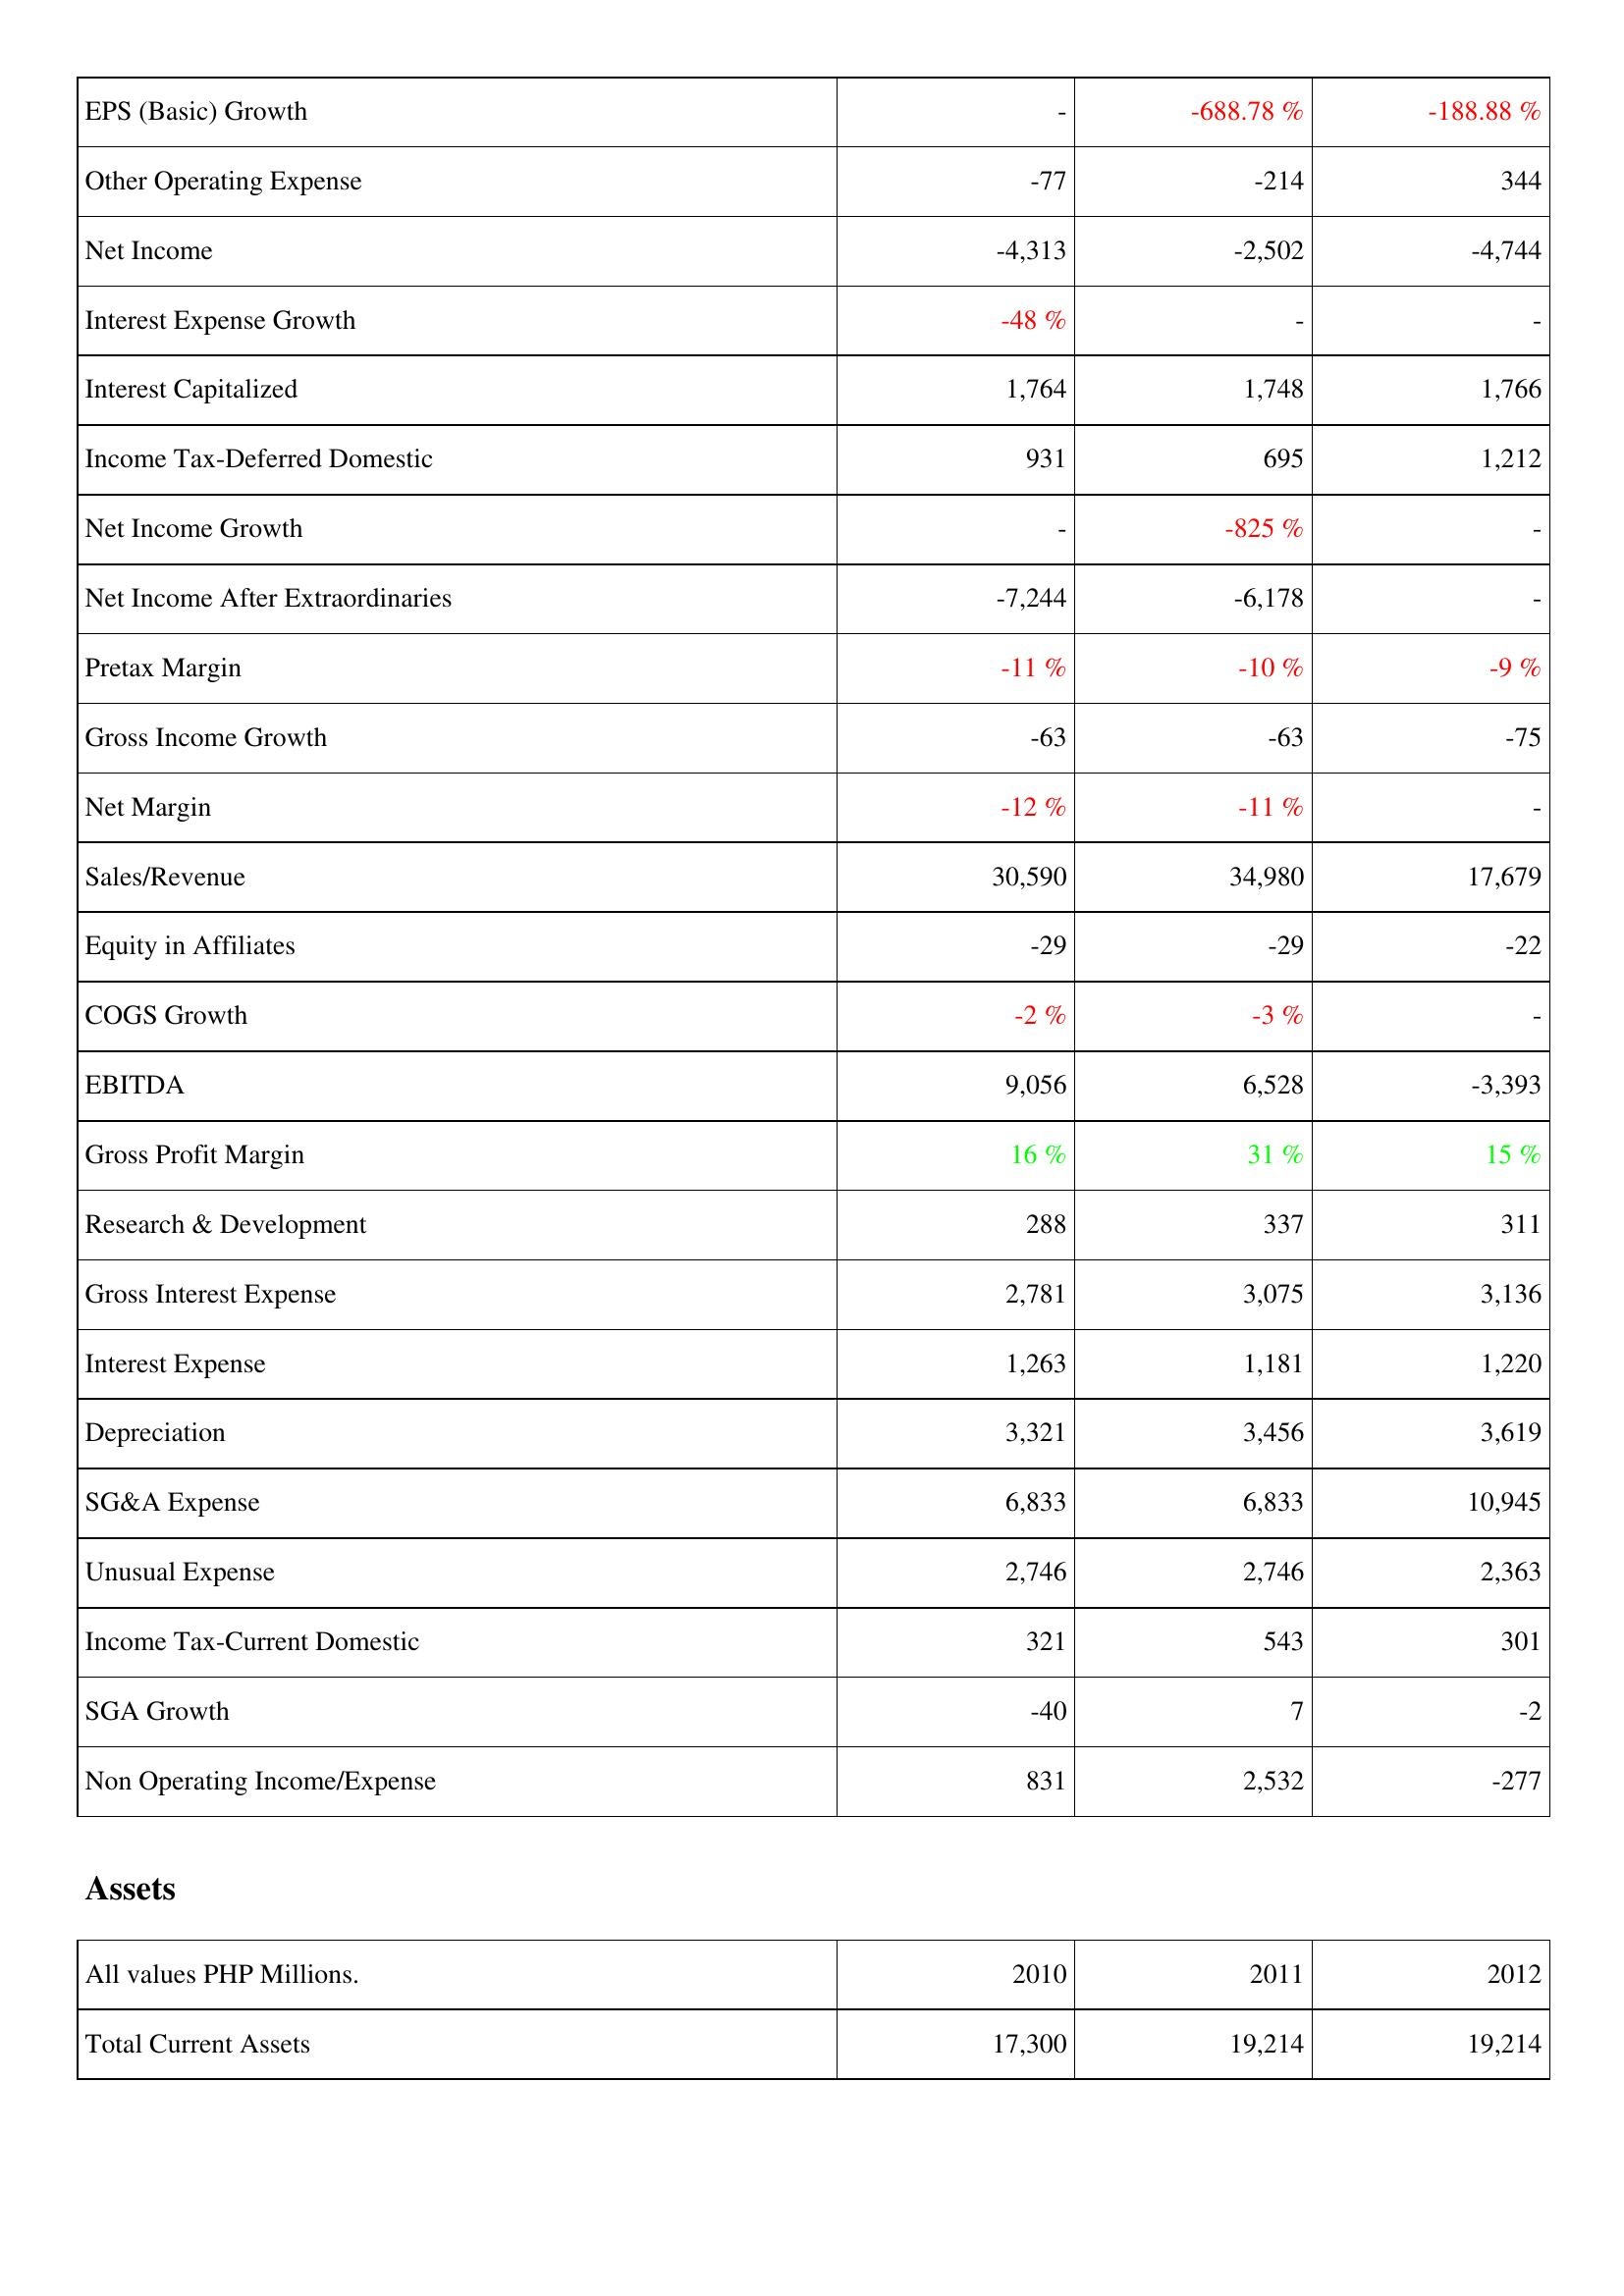
2010: Income Statement: EPS (Basic) Growth: -
Other Operating Expense: -77
Net Income: -4,313
Interest Expense Growth: -48 %
Interest Capitalized: 1,764
Income Tax-Deferred Domestic: 931
Net Income Growth: -
Net Income After Extraordinaries: -7,244
Pretax Margin: -11 %
Gross Income Growth: -63
Net Margin: -12 %
Sales/Revenue: 30,590
Equity in Affiliates: -29
COGS Growth: -2 %
EBITDA: 9,056
Gross Profit Margin: 16 %
Research & Development: 288
Gross Interest Expense: 2,781
Interest Expense: 1,263
Depreciation: 3,321
SG&A Expense: 6,833
Unusual Expense: 2,746
Income Tax-Current Domestic: 321
SGA Growth: -40
Non Operating Income/Expense: 831
Assets: Total Current Assets: 17,300
2011: Income Statement: EPS (Basic) Growth: -688.78 %
Other Operating Expense: -214
Net Income: -2,502
Interest Expense Growth: -
Interest Capitalized: 1,748
Income Tax-Deferred Domestic: 695
Net Income Growth: -825 %
Net Income After Extraordinaries: -6,178
Pretax Margin: -10 %
Gross Income Growth: -63
Net Margin: -11 %
Sales/Revenue: 34,980
Equity in Affiliates: -29
COGS Growth: -3 %
EBITDA: 6,528
Gross Profit Margin: 31 %
Research & Development: 337
Gross Interest Expense: 3,075
Interest Expense: 1,181
Depreciation: 3,456
SG&A Expense: 6,833
Unusual Expense: 2,746
Income Tax-Current Domestic: 543
SGA Growth: 7
Non Operating Income/Expense: 2,532
Assets: Total Current Assets: 19,214
2012: Income Statement: EPS (Basic) Growth: -188.88 %
Other Operating Expense: 344
Net Income: -4,744
Interest Expense Growth: -
Interest Capitalized: 1,766
Income Tax-Deferred Domestic: 1,212
Net Income Growth: -
Net Income After Extraordinaries: -
Pretax Margin: -9 %
Gross Income Growth: -75
Net Margin: -
Sales/Revenue: 17,679
Equity in Affiliates: -22
COGS Growth: -
EBITDA: -3,393
Gross Profit Margin: 15 %
Research & Development: 311
Gross Interest Expense: 3,136
Interest Expense: 1,220
Depreciation: 3,619
SG&A Expense: 10,945
Unusual Expense: 2,363
Income Tax-Current Domestic: 301
SGA Growth: -2
Non Operating Income/Expense: -277
Assets: Total Current Assets: 19,214